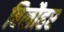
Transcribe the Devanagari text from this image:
बिलौहर